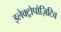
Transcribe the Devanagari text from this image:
इलेक्ट्रोपोज़िटिव